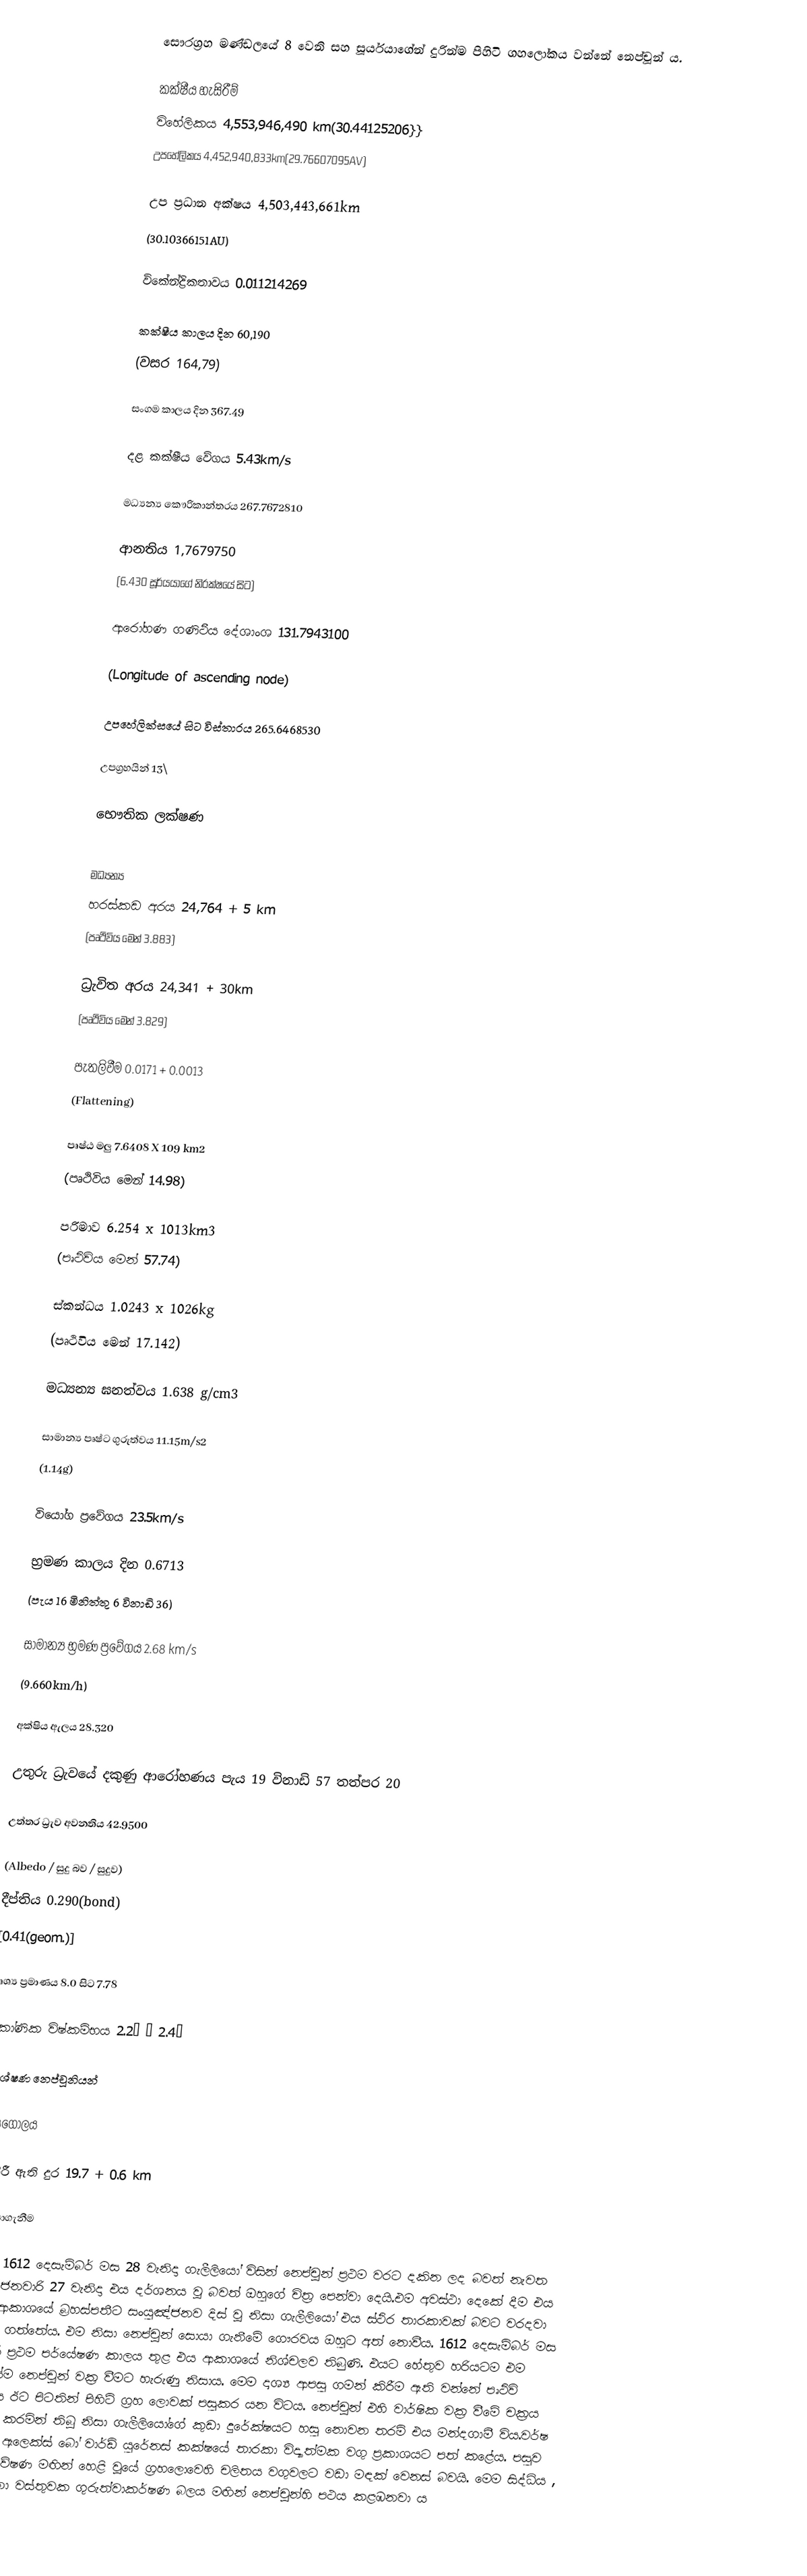
සෞරග්‍රහ මණ්ඩලයේ 8 වෙනි සහ සූර්යයාගේන් දුරින්ම පිහිටි ගහලෝකය වන්නේ නෙප්චූන් ය.

කක්ෂීය හැසිරීම්
විහේලිකය 4,553,946,490 km(30.44125206}}
උපහේලිකය 4,452,940,833km(29.76607095AV)

උප ප්‍රධාන අක්ෂය			4,503,443,661km
					(30.10366151AU)

විකේන්ද්‍රිකතාවය			0.011214269

කක්ෂීය කාලය				දින 60,190
					(වසර 164,79)

සංගම කාලය				දින 367.49

දළ කක්ෂීය වේගය			5.43km/s

මධ්‍යන්‍ය කෞරිකාන්තරය		267.7672810

ආනතිය				1,7679750
					(6.430 සූර්යයාගේ නිරක්ෂයේ සිට)

ආරෝහණ ගණිථීය දේශාංශ		131.7943100

(Longitude of ascending node)

උපහේලික්සයේ සිට විස්තාරය		265.6468530

උපග්‍රහයින් 				13\

භෞතික ලක්ෂණ

මධ්‍යන්‍ය
හරස්කඩ අරය				24,764 + 5 km
					(පෘථිවිය මෙන් 3.883)

ධ්‍රැවිත අරය 				24,341 + 30km
					(පෘථිවිය මෙන් 3.829)

පැතලිවීම				0.0171 + 0.0013
(Flattening)

පෘෂ්ඨ මලු				7.6408 X 109 km2
					(පෘථිවිය මෙන් 14.98)

පරිමාව					6.254 x 1013km3
					(පෘථිවිය මෙන් 57.74)

ස්කන්ධය				1.0243 x 1026kg
					(පෘථිවිය මෙන් 17.142)

මධ්‍යන්‍ය ඝනත්වය			1.638 g/cm3

සාමාන්‍ය පෘෂ්ට ගුරුත්වය		11.15m/s2
					(1.14g)

වියෝග ප්‍රවේගය			23.5km/s

භ්‍රමණ කාලය				දින 0.6713
					(පැය 16 මිනිත්තු 6 විනාඩි 36)

සාමාන්‍ය භ්‍රමණ ප්‍රවේගය		2.68 km/s
					(9.660km/h)

අක්ෂිය ඇලය				28.320

උතුරු ධ්‍රැවයේ දකුණු ආරෝහණය		පැය 19 විනාඩි 57 තත්පර 20

උත්තර ධ්‍රැව අවනතිය			42.9500

(Albedo / සුදු බව / සුදුව)
දීප්තිය					0.290(bond)
					[0.41(geom.)]

දෘශ්‍ය ප්‍රමාණය				8.0 සිට 7.78

කෝණික විෂ්කම්භය			2.2” – 2.4”

විශේෂණ 				නෙප්චූනියන්

වායුගෝලය

පැතිරී ඇති දුර				19.7 + 0.6 km

සොයාගැනීම

වර්ෂ 1612 දෙසැම්බර් මස 28 වැනිදා ගැලීලියෝ විසින් නෙප්චූන් ප්‍රථම වරට දකින ලද බවත් නැවත 1613 ජනවාරි 27 වැනිදා එය දර්ශනය වූ බවත් ඔහුගේ චිත්‍ර පෙන්වා දෙයි.එම අවස්ථා දෙකේ දීම එය රාත්‍රී ආකාශයේ බ්‍රහස්පතීට සංයුඤ්ජනව දිස් වූ නිසා ගැලීලියෝ එය ස්ථිර තාරකාවක් බවට වරදවා වටහා ගත්තේය. එම නිසා නෙප්චූන් සොයා ගැනීමේ ගෞරවය ඔහුට අත් නොවීය. 1612 දෙසැම්බර් මස ඔහුගේ ප්‍රථම පර්යේෂණ කාලය තුළ එය ආකාශයේ නිශ්චලව තිබුණි. එයට හේතුව හරියටම එම කාලයේම නෙප්චූන් වක්‍ර වීමට හැරුණු නිසාය. මෙම දෘශ්‍ය ආපසු ගමන් කිරීම ඇති වන්නේ පෘථිවි කක්ෂය ඊට පිටතින් පිහිටි ග්‍රහ ලොවක් පසුකර යන විටය. නෙප්චූන් එහි වාර්ෂික වක්‍ර වීමේ චක්‍රය ආරම්භ කරමින් තිබූ නිසා ගැලීලියෝගේ කුඩා දුරේක්ෂයට හසු නොවන තරම් එය මන්දගාමී විය.වර්ෂ 1812 දී ඇලෙක්ස් බෝ වාර්ඩ් යුරේනස් කක්ෂයේ තාරකා විද්‍යාත්මක වගු ප්‍රකාශයට පත් කළේය. පසුව කළ ගවේෂණ මඟින් හෙළි වූයේ ග්‍රහලොවෙහි චලිතය වගුවලට වඩා මඳක් වෙනස් බවයි. මෙම සිද්ධිය , නොදන්නා වස්තුවක ගුරුත්වාකර්ෂණ බලය මඟින් නෙප්චූන්හි පථය කළඹනවා ය